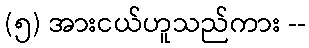
(၅) အားငယ်ဟူသည်ကား --